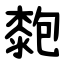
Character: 㯡